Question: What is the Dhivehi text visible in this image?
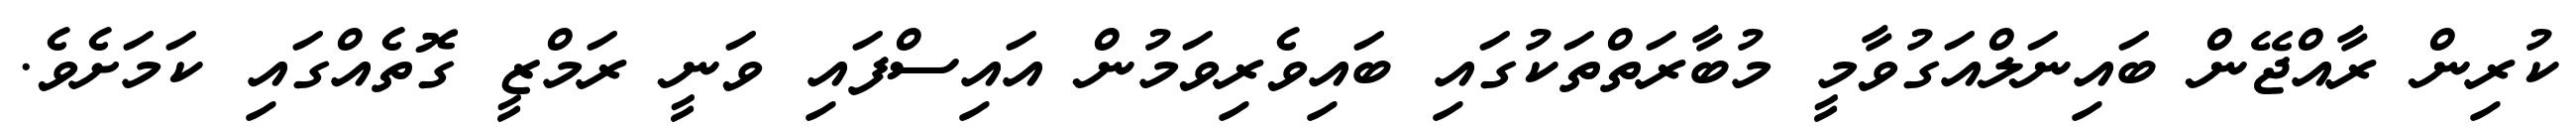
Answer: ކުރިން ރާއްޖޭން ބައިނަލްއަގުވާމީ މުބާރަތްތަކުގައި ބައިވެރިވަމުން އައިސްފައި ވަނީ ރަމްޒީ ގޮތެއްގައި ކަމަށެވެ.